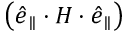
\left( \boldsymbol { \hat { e } } _ { \parallel } \cdot \boldsymbol { H } \cdot \boldsymbol { \hat { e } } _ { \parallel } \right)